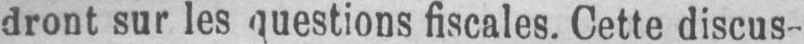
dront sur les questions fiscales. Cette discus-